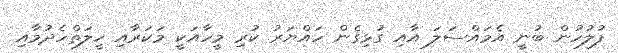
ފުލުހުން ބުނީ އެމައްސަލަ އާއި ގުޅިގެން ހައްޔަރު ކުރި މީހާއަކީ މަކަރާއި ހީލަތްހެދުމާއި